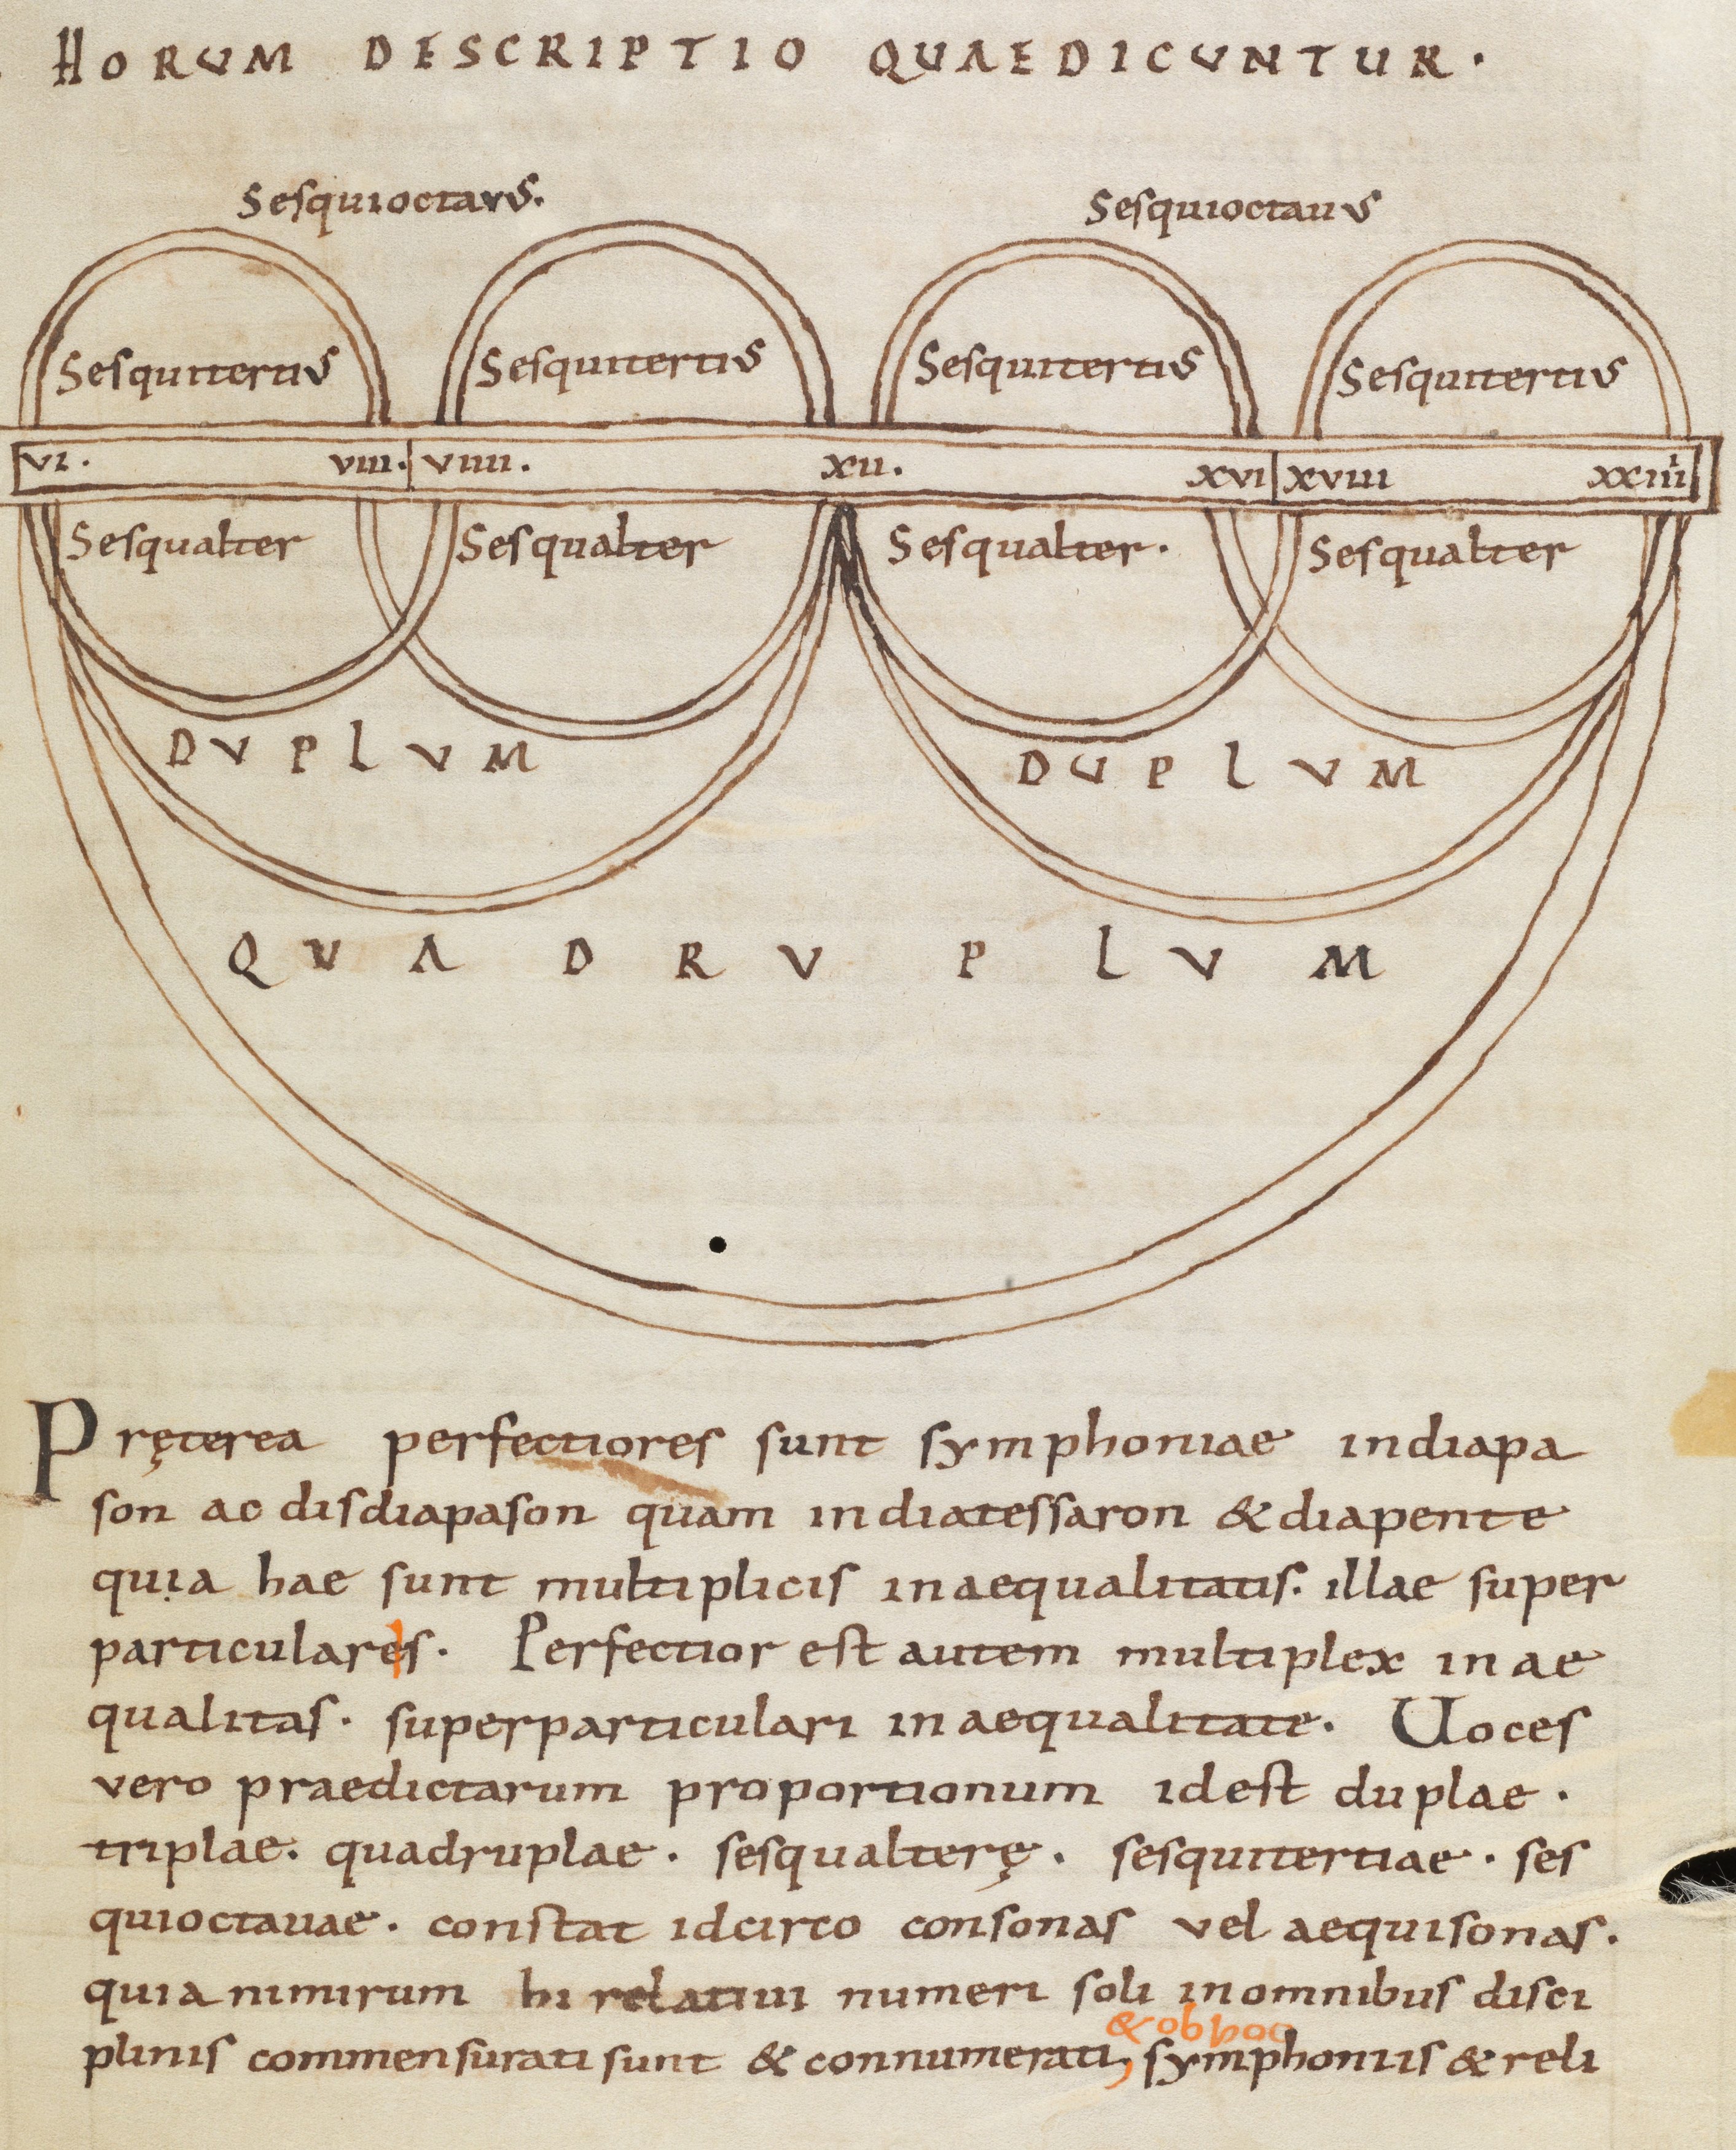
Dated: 975–999